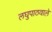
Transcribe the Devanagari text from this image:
लघुपाठवाले